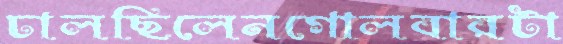
ঢালছিলেনগোলবারটা